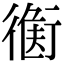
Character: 𧗻